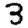
Digit: 3